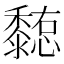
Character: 𪐊